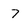
Character: 7